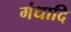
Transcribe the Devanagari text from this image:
गंधादि